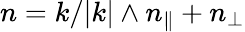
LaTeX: n=k/|k|\wedge n_{\| }+n_{\perp}